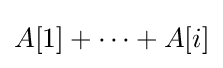
A[1]+\cdots +A[i]